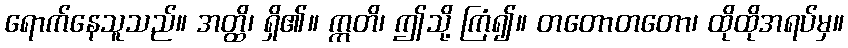
ရောက်နေသူသည်။ အတ္ထိ၊ ရှိ၏။ ဣတိ၊ ဤသို့ ကြံ၍။ တတောတတော၊ ထိုထိုအရပ်မှ။